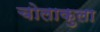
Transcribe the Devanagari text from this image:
चोलाकुला